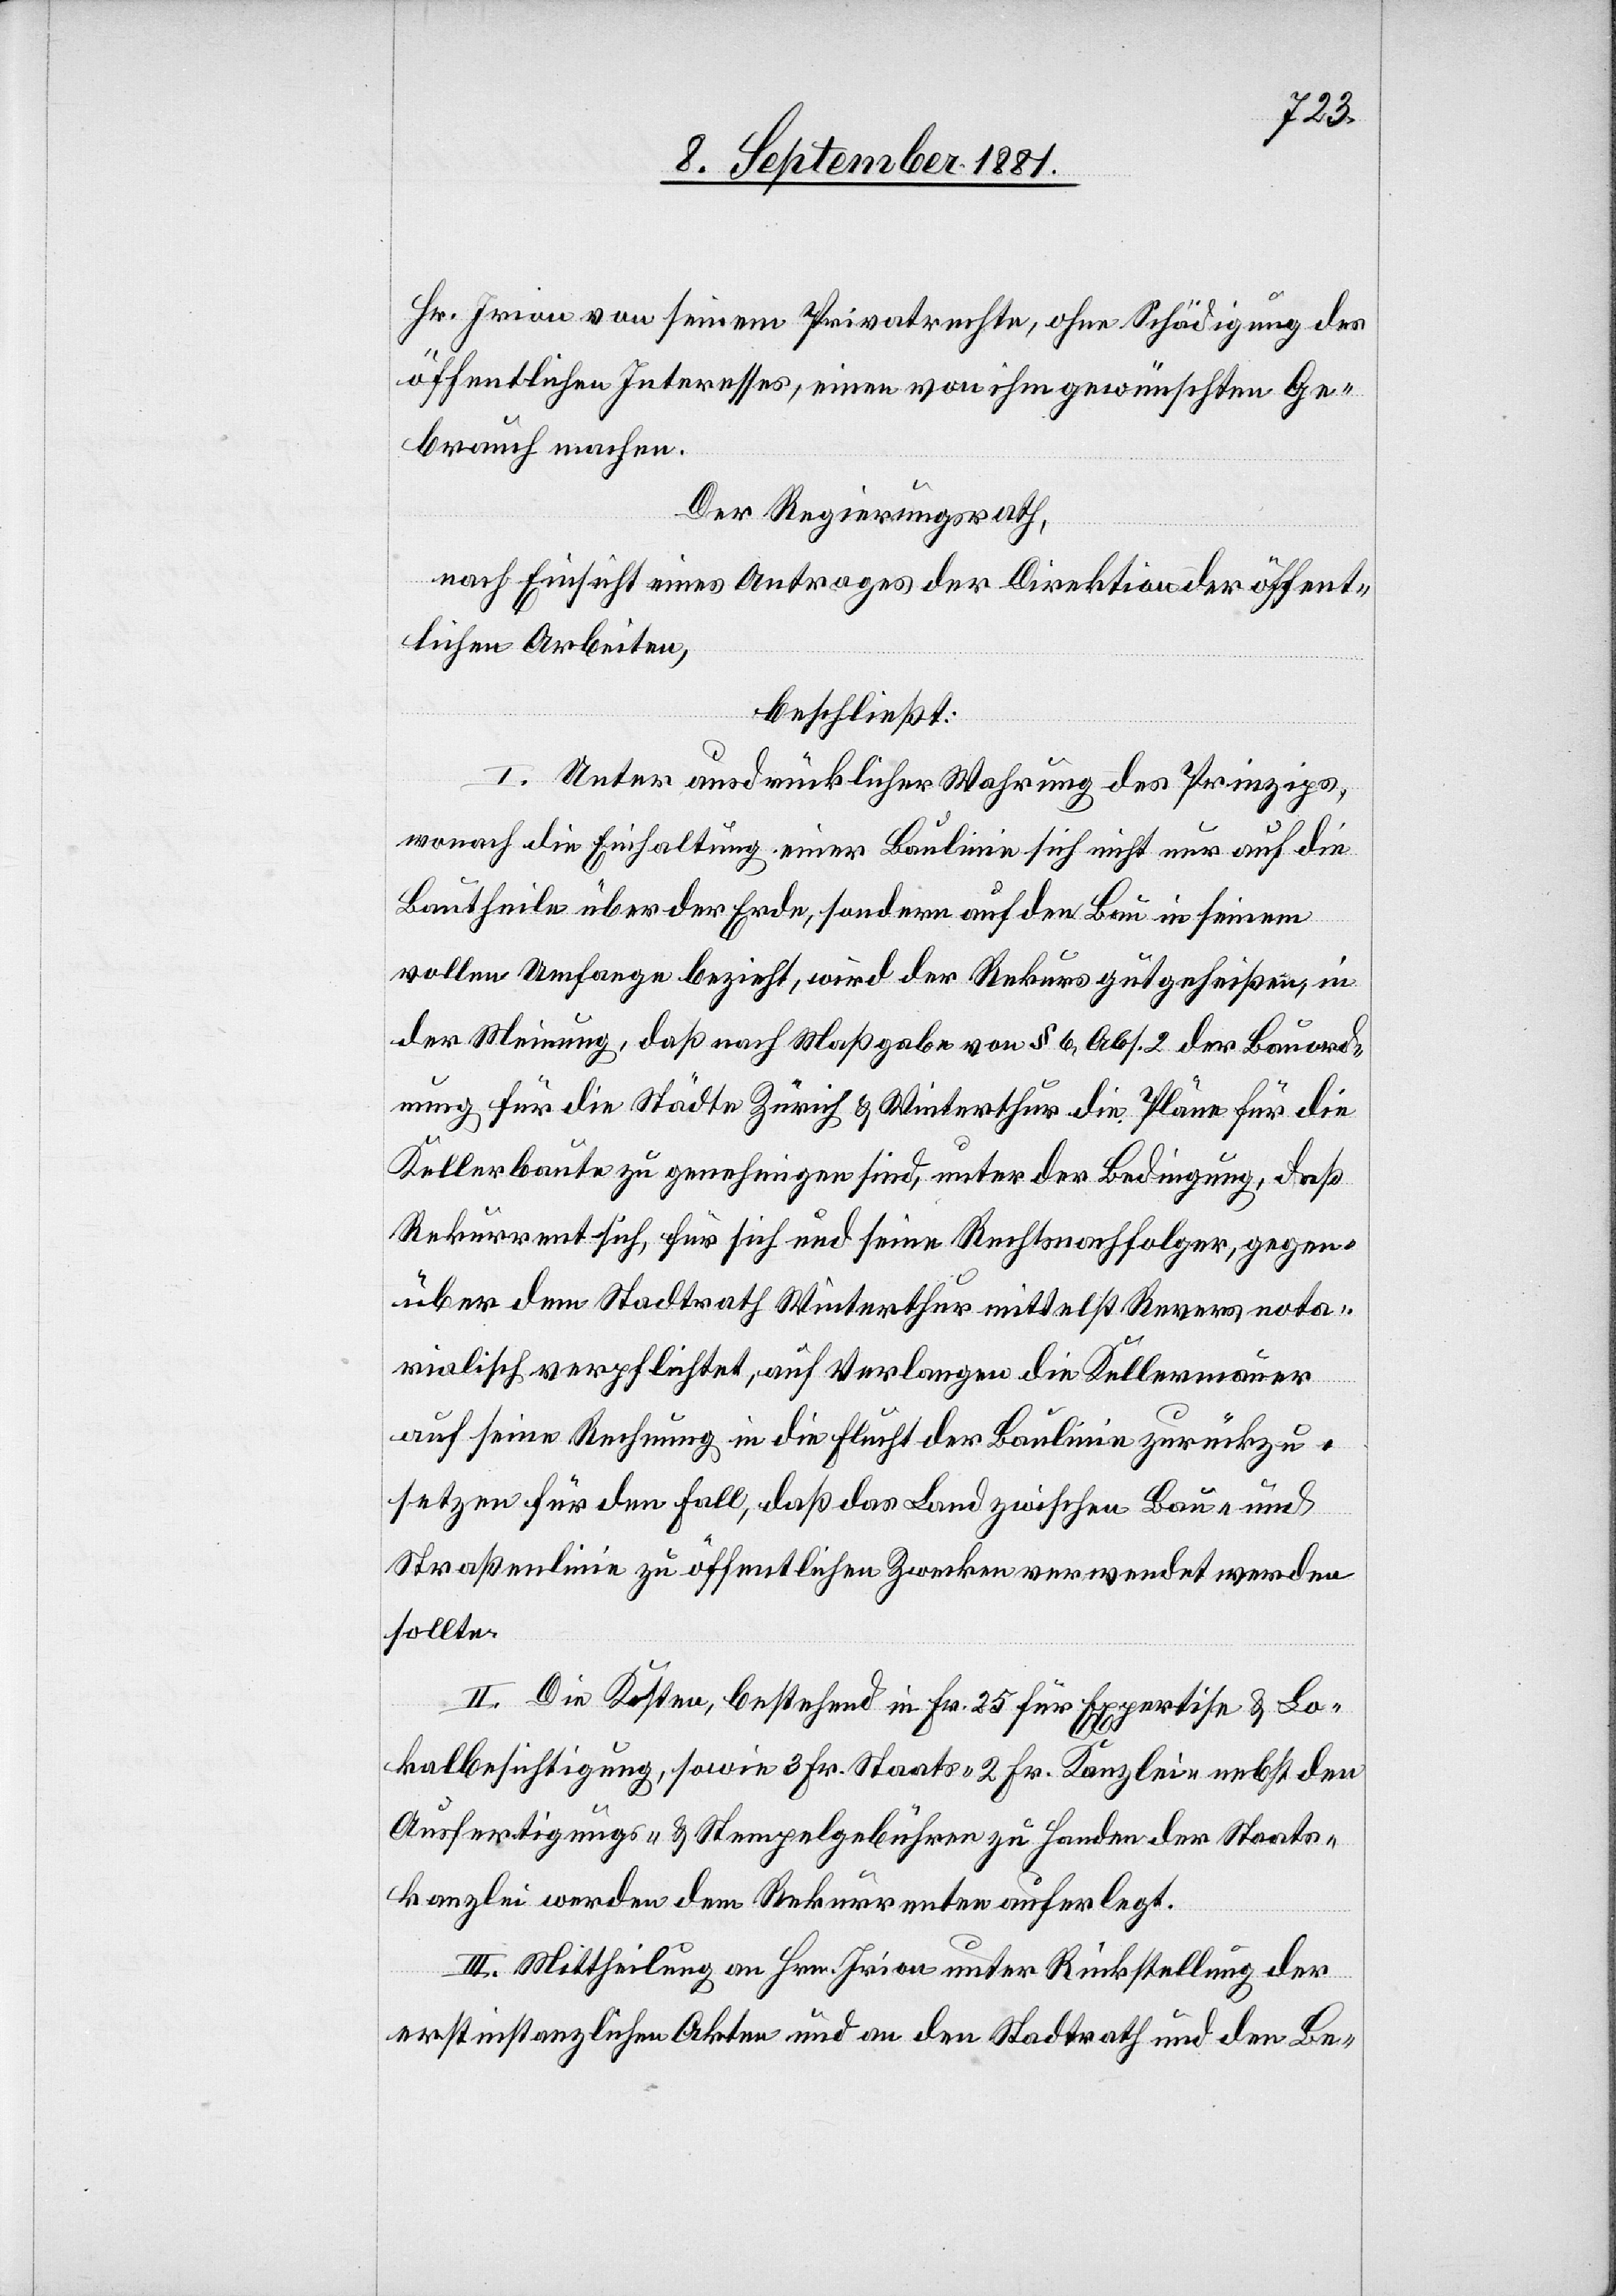
Hr. Irion von seinem Privatrechte, ohne Schädigung der
öffentlichen Interesses, einen von ihm gewünschten Ge¬
brauch machen.
Der Regierungsrath,
nach Einsicht eines Antrages der Direktion der öffent¬
lichen Arbeiten,
beschließt:
I. Unter ausdrücklicher Wahrung des Prinzips,
wonach die Einhaltung einer Baulinie sich nicht nur auf die
Bautheile über der Erde, sondern auf den Bau in seinem
vollen Umfange bezieht, wird der Rekurs gutgeheißen, in
der Meinung, daß nach Maßgabe von § 6, Abs. 2 der Bauord¬
nung für die Städte Zürich & Winterthur die Pläne für die
Kellerbaute zu genehmigen sind, unter der Bedingung, daß
Rekurrent sich, für sich und seinen Rechtsnachfolger, gegen¬
über dem Stadtrath Winterthur mittelst Revers nota¬
rialisch verpflichtet, auch Verlangen die Kellermauer
auf seine Rechnung in die Flucht der Baulinie zurückzu¬
setzen für den Fall, daß das Land zwischen Bau- und
Straßenlinie zu öffentlichen Zwecken verwendet werden
sollte.
II. Die Kosten, bestehend in Fr. 25 für Expertise & Lo¬
kalbesichtigung, sowie 3. Fr. Staats-, 2. Fr. Kanzlei- nebst den
Ausfertigungs- & Stempelgebühren zu Handen der Staats¬
kanzlei werden dem Rekurrenten auferlegt.
III. Mittheilung an Hrn. Irion unter Rückstellung der
erstinstanzlichen Akten und an den Stadtrath und den Be-